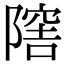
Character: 𨼈